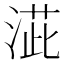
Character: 𣸆